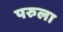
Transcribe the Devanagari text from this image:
परुला